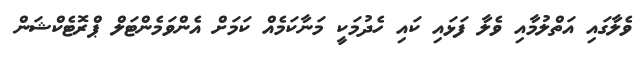
ވެލާގައި އަތްލުމާއި ވެލާ ފަޅައި ކައި ހެދުމަކީ މަނާކަމެއް ކަމަށް އެންވަމެންޓަލް ޕްރޮޓެކްޝަން